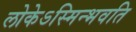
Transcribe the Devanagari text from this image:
लोकेऽस्मिन्भवति